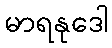
မာရနုဒေါ